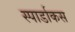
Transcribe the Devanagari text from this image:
स्पार्डाकस